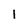
Character: 1